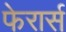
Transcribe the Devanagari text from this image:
फेरार्स